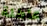
عاطلة